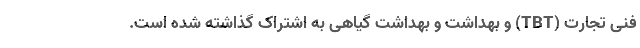
فنی تجارت (TBT) و بهداشت و بهداشت گیاهی به اشتراک گذاشته شده است.